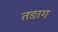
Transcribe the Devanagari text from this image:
तङाग